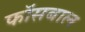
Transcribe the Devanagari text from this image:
फॉसबाल